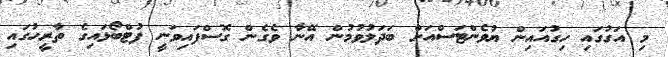
މި އަގުގައި ހިގުއައިން ޔުވެންޓަސްއަށް ބަދަލުވުމުން އޭނާ ވެގެން ގޮސްފައިވަނީ ފުޓްބޯޅައިގެ ތާރީހުގައި